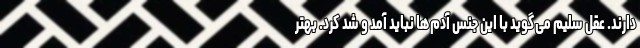
دارند. عقل سلیم می‌گوید با این جنس آدم‌ها نباید آمد و شد کرد. بهتر